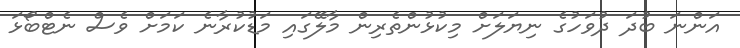
އަންނަ ބުދަ ދުވަހުގެ ނިޔަލަށް މިކުޅުންތެރިން މާލޭގައި މަޑުކުރާނެ ކަމަށް ވެސް ނެޓްބޯޅަ